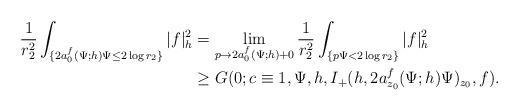
\begin{align*}\frac{1}{r_2^2}\int_{\{2a_0^f(\Psi;h)\Psi\le2\log r_2\}}|f|^2_h&=\lim_{p\rightarrow2a_0^f(\Psi;h)+0}\frac{1}{r_2^2}\int_{\{p\Psi<2\log r_2\}}|f|^2_h\\&\ge G(0;c\equiv1,\Psi,h,I_+(h,2a_{z_0}^f(\Psi;h)\Psi)_{z_0},f).\end{align*}